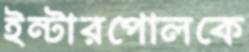
ইন্টারপোলকে